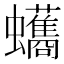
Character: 𮕘